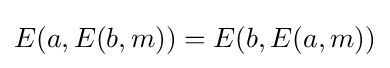
E(a,E(b,m))=E(b,E(a,m))